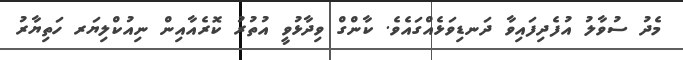
މެދު ސުވާލު އުފެދިފައިވާ ދަނޑިވަޅެއްގައެވެ. ކާންގް ވިދާޅުވީ އުތުރު ކޮރެއާއިން ނިއުކްލިޔަރ ހަތިޔާރު